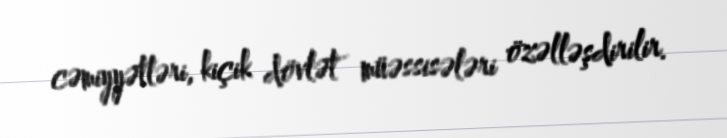
cəmiyyətləri, kiçik dövlət müəssisələri özəlləşdirilir.